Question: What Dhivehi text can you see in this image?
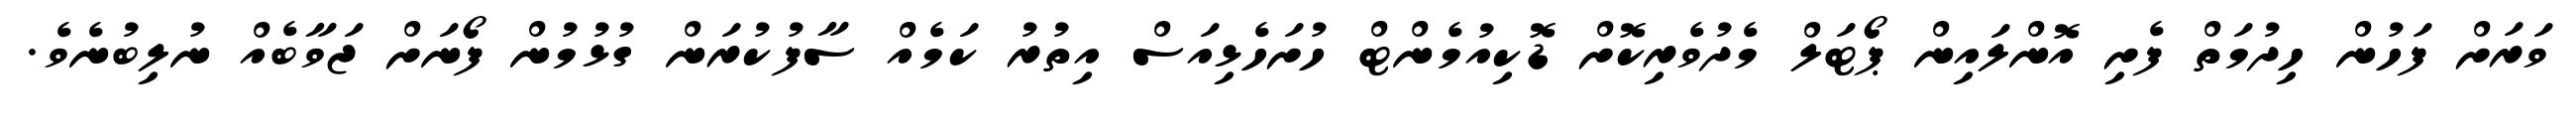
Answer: ވަރަށް ފަހުން ހިދުމަތް ފެށި އޮންލައިން ޕޯޓަލް މެދުވެރިކޮށް ޑޮކިއުމެންޓް ހުށަހެޅިއަސް އިތުރު ކަމެއް ސާފުކުރަން ގުޅުމުން ފޯނަށް ޖަވާބެއް ނުލިބުނެވެ.